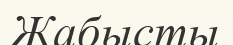
Жабысты